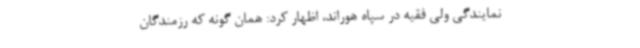
نمایندگی ولی فقیه در سپاه هوراند، اظهار کرد: همان گونه که رزمندگان